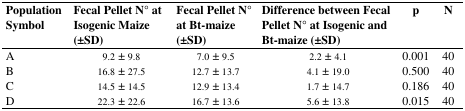
<table><thead><tr><td><b>Population Symbol</b></td><td><b>Fecal Pellet N° at Isogenic Maize (±SD)</b></td><td><b>Fecal Pellet N° at Bt-maize (±SD)</b></td><td><b>Difference between Fecal Pellet N° at Isogenic and Bt-maize (±SD)</b></td><td><b>P</b></td><td><b>N</b></td></tr></thead><tbody><tr><td>A</td><td>9.2 ± 9.8</td><td>7.0 ±9.5</td><td>2.2 ± 4.1</td><td>0.001</td><td>40</td></tr><tr><td>B</td><td>16.8 ±27.5</td><td>12.7 ± 13.7</td><td>4.1 ± 19.0</td><td>0.500</td><td>40</td></tr><tr><td>C</td><td>14.5 ± 14.5</td><td>12.9 ± 13.4</td><td>1.7 ± 14.7</td><td>0.186</td><td>40</td></tr><tr><td>D</td><td>22.3 ± 22.6</td><td>16.7 ± 13.6</td><td>5.6 ± 13.8</td><td>0.015</td><td>40</td></tr></tbody></table>